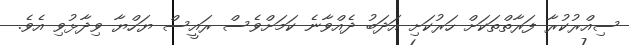
ސިއްރުކުރާ ފަރާތްތަކަށް ހަރުކަށި އަދަބު ދެއްވާނެ ކަމަށްވެސް ރައީސް ޔަހްޔާ ވިދާޅުވި އެވެ.